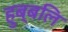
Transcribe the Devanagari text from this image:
हुब्बलि